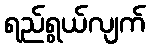
ရည်ရွယ်လျက်